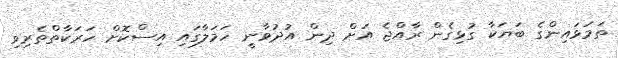
ތަމަޅައިންގެ ބަޔަކާ ގުޅިގެން ރާއްޖެ އަށް ދިން އުދުވާނީ ހަމަލާގައި އިސްކޮށް ހަރަކާތްތެރިވި